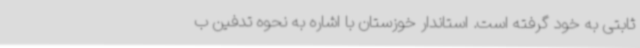
ثابتی به خود گرفته است. استاندار خوزستان با اشاره به نحوه تدفین ب